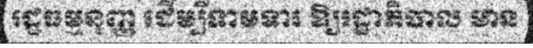
រដ្ឋធម្មនុញ្ញ ដើម្បីទាមទារ ឱ្យរដ្ឋាភិបាល មាន